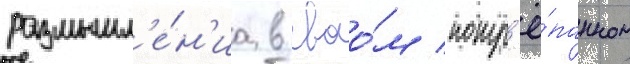
размышл'е́н'иа в своо́м потр'ё́панном